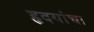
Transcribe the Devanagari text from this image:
हृदयांचा